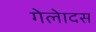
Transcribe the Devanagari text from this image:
गेलेादस